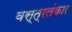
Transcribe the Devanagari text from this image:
वस्त्रलंकार